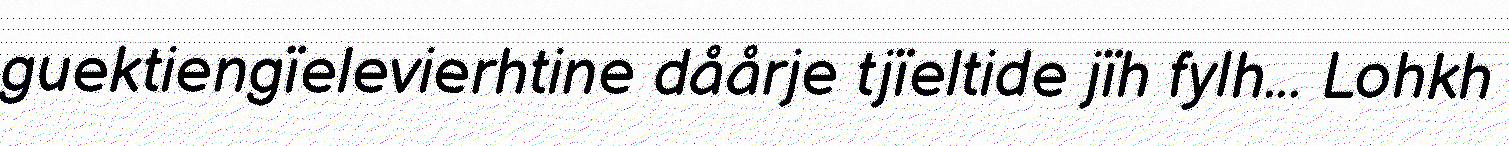
guektiengïelevierhtine dåårje tjïeltide jïh fylh... Lohkh